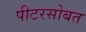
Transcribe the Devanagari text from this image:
पीटरसोबत